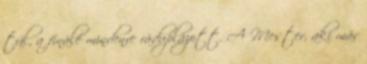
túl, a finálé mindenre ráduplázott. A Mester, aki már